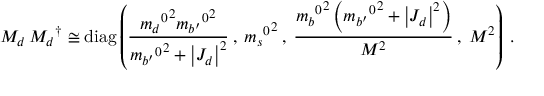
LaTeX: M _ { d } \, { M _ { d } } ^ { \dagger } \cong \mathrm { d i a g } \left( \frac { { { m _ { d } } ^ { 0 } } ^ { 2 } { { m _ { b ^ { \prime } } } ^ { 0 } } ^ { 2 } } { { { m _ { b ^ { \prime } } } ^ { 0 } } ^ { 2 } + \left| J _ { d } \right| ^ { 2 } } \: , \: { { m _ { s } } ^ { 0 } } ^ { 2 } \: , \: \frac { { { m _ { b } } ^ { 0 } } ^ { 2 } \left( { { m _ { b ^ { \prime } } } ^ { 0 } } ^ { 2 } + \left| J _ { d } \right| ^ { 2 } \right) } { M ^ { 2 } } \: , \: M ^ { 2 } \right) \: .